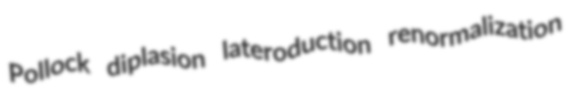
Pollock diplasion lateroduction renormalization